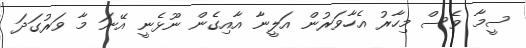
ސީމާ ވެސް މިހާރު އެހާވަރުން އަލީނާ އާއިގެން ނޫޅެނީ އޭނަ މާ ވަރުގަދަ